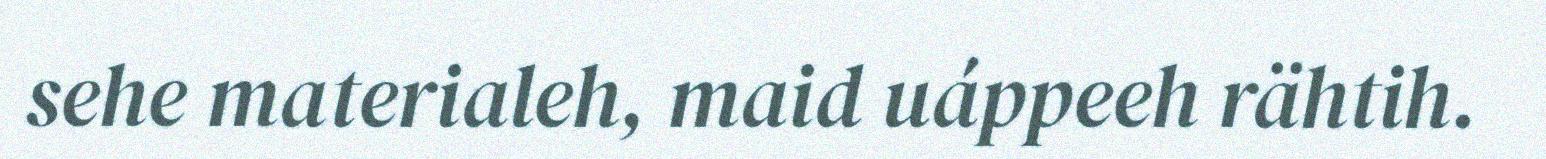
sehe materialeh, maid uáppeeh rähtih.